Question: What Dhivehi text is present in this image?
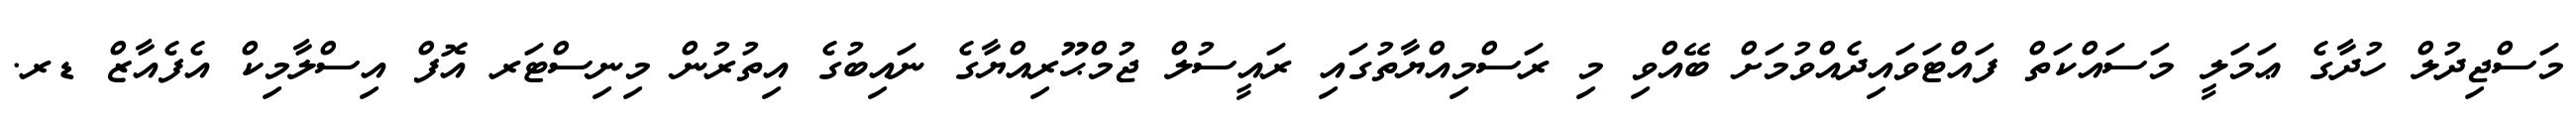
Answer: މަސްޖިދުލް ހުދާގެ ޢަމަލީ މަސައްކަތް ފައްޓަވައިދެއްވުމަށް ބޭއްވި މި ރަސްމިއްޔާތުގައި ރައީސުލް ޖުމްޙޫރިއްޔާގެ ނައިބުގެ އިތުރުން މިނިސްޓަރ އޮފް އިސްލާމިކް އެފެއާޒް ޑރ.